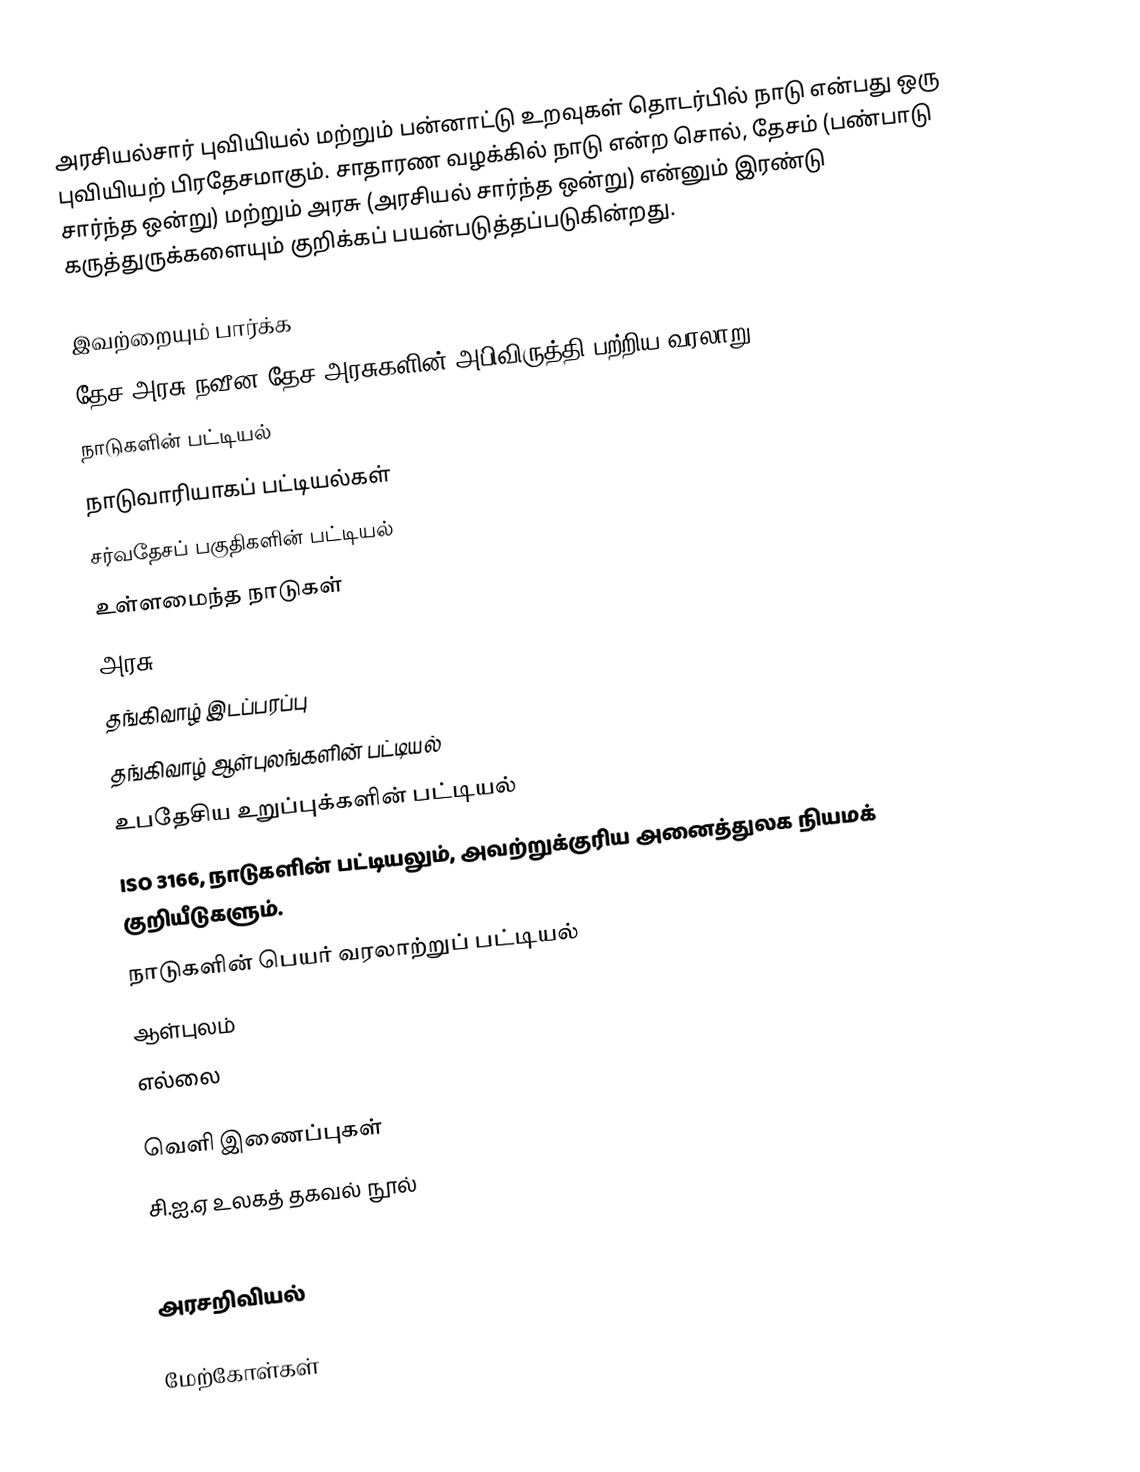
அரசியல்சார் புவியியல் மற்றும் பன்னாட்டு உறவுகள் தொடர்பில் நாடு என்பது ஒரு புவியியற் பிரதேசமாகும். சாதாரண வழக்கில் நாடு என்ற சொல், தேசம் (பண்பாடு சார்ந்த ஒன்று) மற்றும் அரசு (அரசியல் சார்ந்த ஒன்று) என்னும் இரண்டு கருத்துருக்களையும் குறிக்கப் பயன்படுத்தப்படுகின்றது.

இவற்றையும் பார்க்க
 தேச-அரசு நவீன தேச-அரசுகளின் அபிவிருத்தி பற்றிய வரலாறு
 நாடுகளின் பட்டியல்
 நாடுவாரியாகப் பட்டியல்கள்
 சர்வதேசப் பகுதிகளின் பட்டியல்
 உள்ளமைந்த நாடுகள்
 அரசு
 தங்கிவாழ் இடப்பரப்பு
 தங்கிவாழ் ஆள்புலங்களின் பட்டியல்
 உபதேசிய உறுப்புக்களின் பட்டியல்
 ISO 3166, நாடுகளின் பட்டியலும், அவற்றுக்குரிய அனைத்துலக நியமக் குறியீடுகளும்.
 நாடுகளின் பெயர் வரலாற்றுப் பட்டியல்
 ஆள்புலம்
 எல்லை

வெளி இணைப்புகள்
 சி.ஐ.ஏ உலகத் தகவல் நூல்

அரசறிவியல்

மேற்கோள்கள்